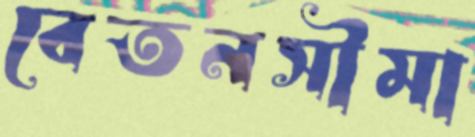
বেতনসীমা